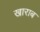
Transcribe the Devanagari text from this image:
खाराब